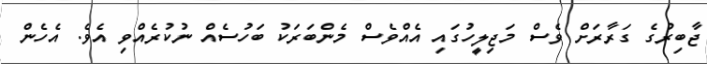
ޖާބިރުގެ ގަރާރަށް ވެސް މަޖިލީހުގައި އެއްވެސް މެންބަރަކު ބަހުސެއް ނުކުރެއްވި އެވެ. އެހެން